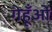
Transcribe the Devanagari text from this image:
गेहूँओं